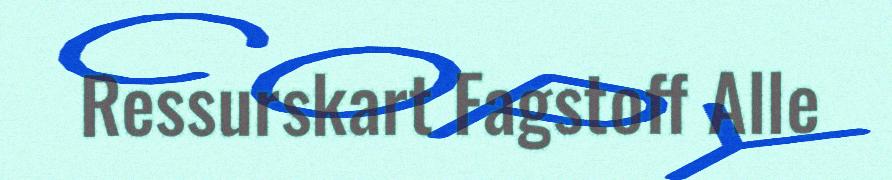
Ressurskart Fagstoff Alle